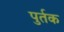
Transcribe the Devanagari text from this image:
पुर्तक